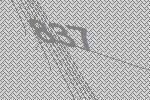
837